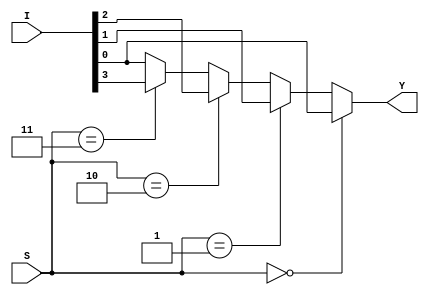
module mux_if
(
    input [3:0] I,
    input [1:0] S,
    output reg Y
);

    always @(*)
    begin
        if(S == 2'b00)
            Y = I[0];
        else if(S == 2'b01)
            Y = I[1];
        else if(S == 2'b10)
            Y = I[2];
        else if(S == 2'b11)
            Y = I[3];
        else 
            Y = I[0];
    end

endmodule